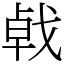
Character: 㦸